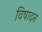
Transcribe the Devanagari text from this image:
विषादन